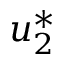
u _ { 2 } ^ { * }